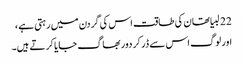
22 لبیا تھان کی طاقت اس کی گردن میں رہتی ہے ،
اور لوگ اس سے ڈر کر دور بھاگ جایا کر تے ہیں۔